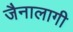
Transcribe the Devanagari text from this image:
जैनालागी